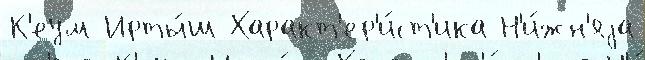
К'еум Ирты́ш Характ'ер'и́ст'ика Н'и́жн'яjа